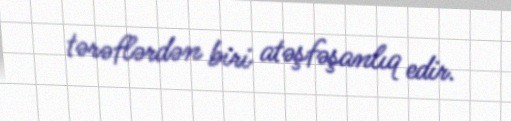
tərəflərdən biri atəşfəşanlıq edir.